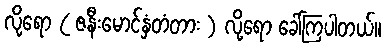
လို့ရော ( ဇနီးမောင်နှံတံတား ) လို့ရော ခေါ်ကြပါတယ်။